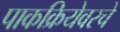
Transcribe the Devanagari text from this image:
पाकक्रियेवरचे